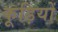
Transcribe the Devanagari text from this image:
कूड़ियों